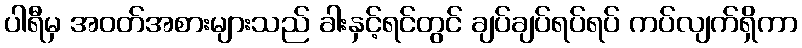
ပါရီမှ အဝတ်အစားများသည် ခါးနှင့်ရင်တွင် ချပ်ချပ်ရပ်ရပ် ကပ်လျက်ရှိကာ